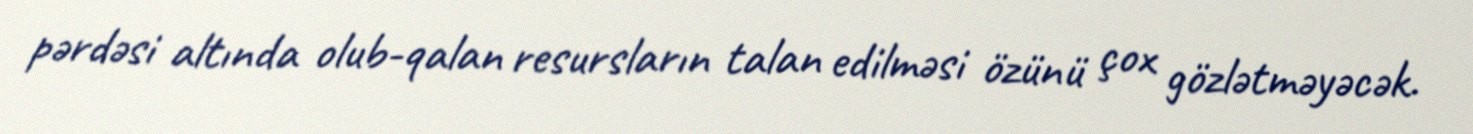
pərdəsi altında olub-qalan resursların talan edilməsi özünü çox gözlətməyəcək.